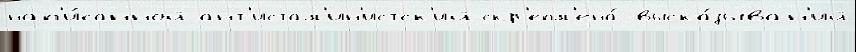
нап'и́санной ант'истал'ин'истск'ий скр'епл'ена́ выска́зыван'ий